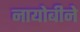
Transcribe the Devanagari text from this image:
नायोबीने